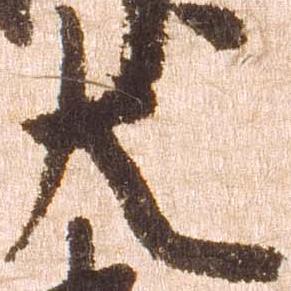
大